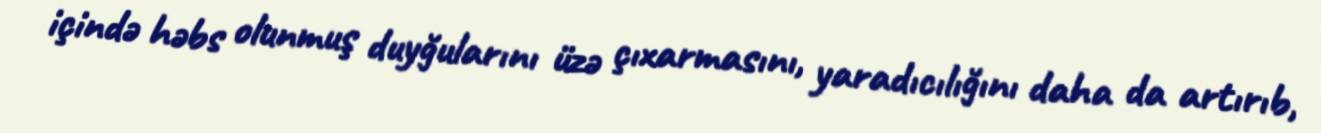
içində həbs olunmuş duyğularını üzə çıxarmasını, yaradıcılığını daha da artırıb,